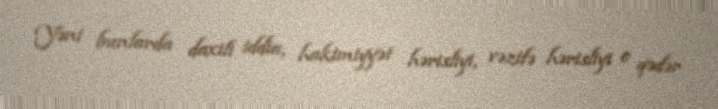
Yəni bunlarda daxili iddia, hakimiyyət hərisliyi, vəzifə hərisliyi o qədər